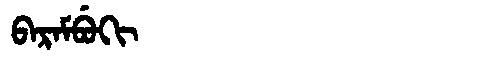
Manchu: ᠪᠠᡵᠠᠮᠪᡠᡴᡳ
Romanization: BARAMBUKI